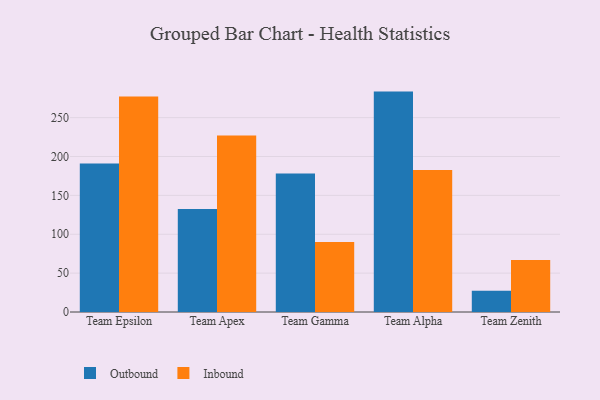
{"axis": {"x": "Team", "y": "Revenue (USD Million)"}, "legend": ["Inbound", "Outbound"], "data": [{"x": "Team Epsilon", "y": 190.9, "type": "Outbound"}, {"x": "Team Epsilon", "y": 277.1, "type": "Inbound"}, {"x": "Team Apex", "y": 132.5, "type": "Outbound"}, {"x": "Team Apex", "y": 227.1, "type": "Inbound"}, {"x": "Team Gamma", "y": 178.3, "type": "Outbound"}, {"x": "Team Gamma", "y": 90.0, "type": "Inbound"}, {"x": "Team Alpha", "y": 283.5, "type": "Outbound"}, {"x": "Team Alpha", "y": 182.6, "type": "Inbound"}, {"x": "Team Zenith", "y": 27.2, "type": "Outbound"}, {"x": "Team Zenith", "y": 66.8, "type": "Inbound"}]}